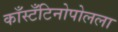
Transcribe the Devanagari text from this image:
काँस्टँटिनोपोलला